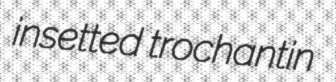
insetted trochantin